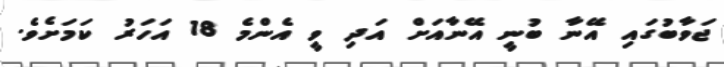
ޖަވާބުގައި އޭނާ ބުނީ އޭނާއަށް އަދި ވީ އެންމެ 18 އަހަރު ކަމަށެވެ.